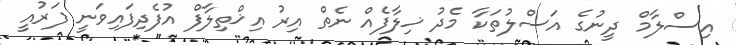
އިސްލާމް ދީނުގެ އަސްލުތަކާ މެދު ޚިލާފެއް ނެތް އިރު އިޚްތިލާފް އުފެދިފައިވަނީ ފަރުއީ